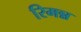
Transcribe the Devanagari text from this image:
रिमन्न